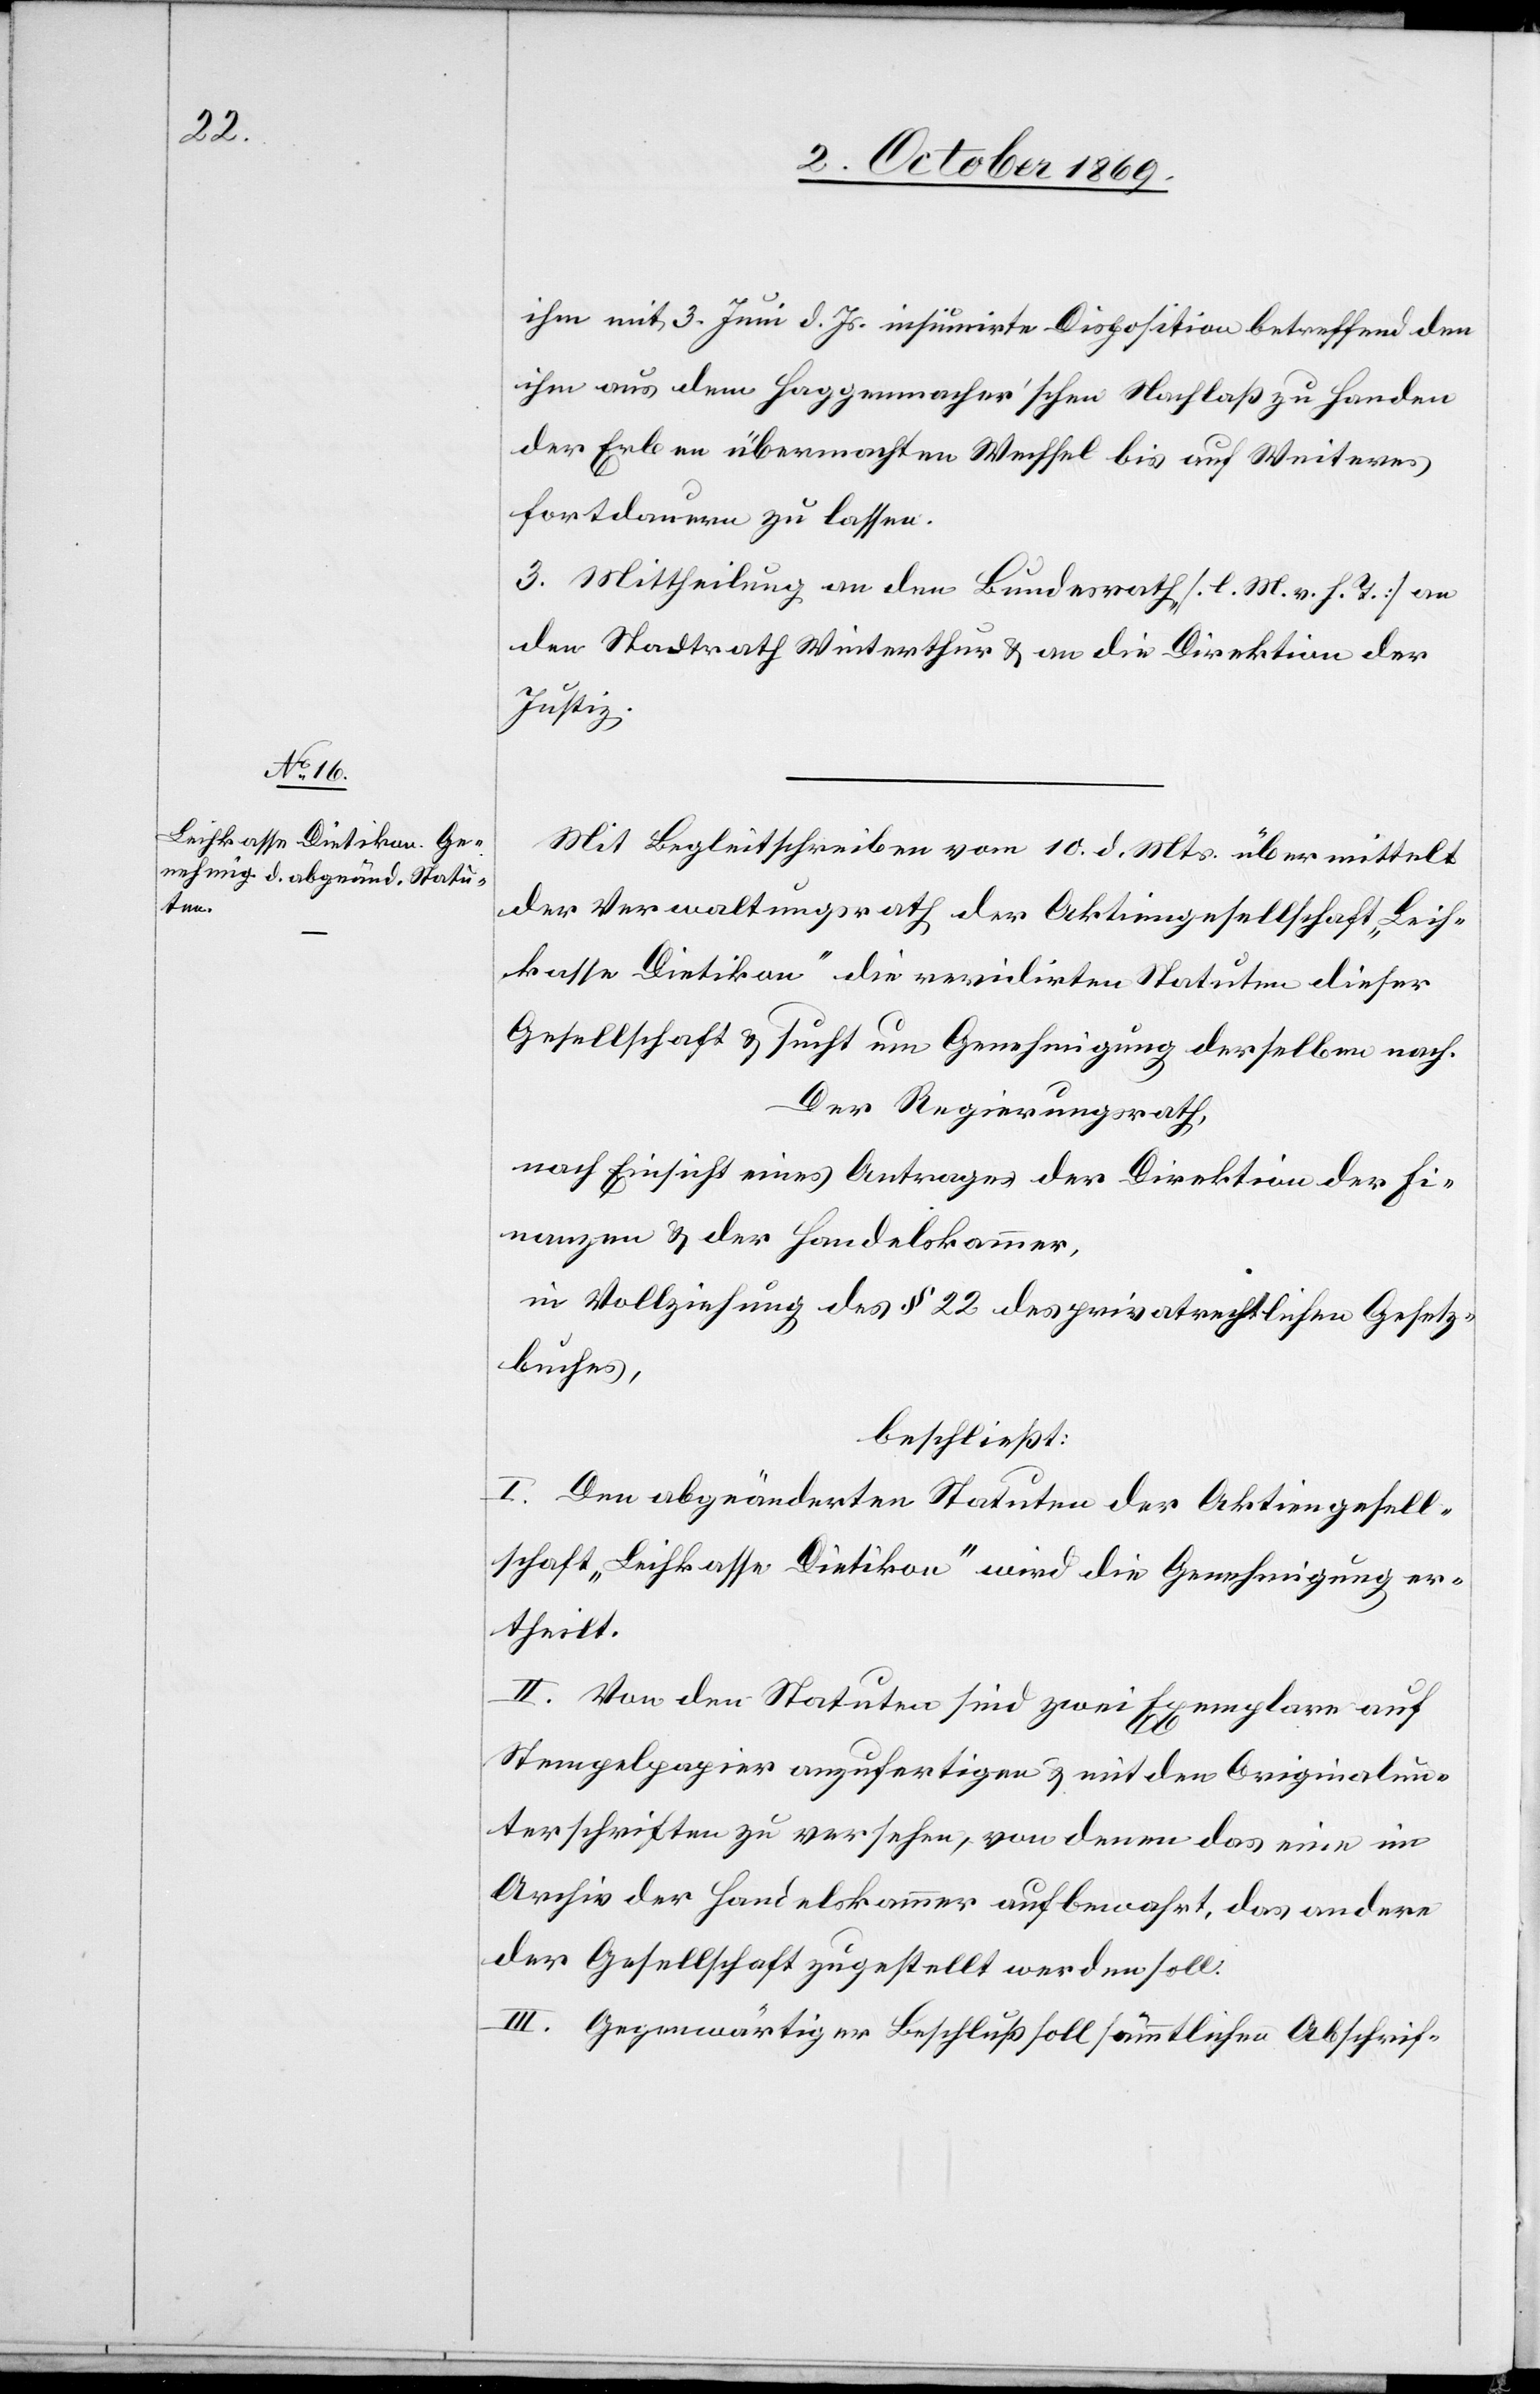
ihm mit 3. Juni d. Js. insinuirte Disposition betreffend den
ihm aus dem Haggenmacher’schen Nachlaß zu Handen
der Erben übermachten Wechsel bis auf Weiteres
fortdauern zu lassen.
3. Mittheilung an den Bundesrath [l. M. v. h. T.] an
den Stadtrath Winterthur & an die Direktion der
Justiz.
Mit Begleitschreiben vom 10. d. Mts. übermittelt
der Verwaltungsrath der Aktiengesellschaft „Leih¬
kasse Dietikon“ die revidirten Statuten dieser
Gesellschaft & sucht um Genehmigung derselben nach.
Der Regierungsrath,
nach Einsicht eines Antrages der Direktion der Fi¬
nanzen & der Handelskammer,
in Vollziehung des § 22 des privatrechtlichen Gesetz¬
buches,
beschließt:
I. Den abgeänderten Statuten der Aktiengesell¬
schaft „Leihkasse Dietikon“ wird die Genehmigung er¬
theilt.
II. Von den Statuten sind zwei Exemplare auf
Stempelpapier anzufertigen & mit den Originalun¬
terschriften zu versehen, von denen das eine im
Archiv der Handelskammer aufbewahrt, das andere
der Gesellschaft zugestellt werden soll.
III. Gegenwärtiger Beschluß soll sämmtlichen Abschrif-